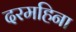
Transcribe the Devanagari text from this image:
दरमहिना